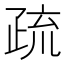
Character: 疏